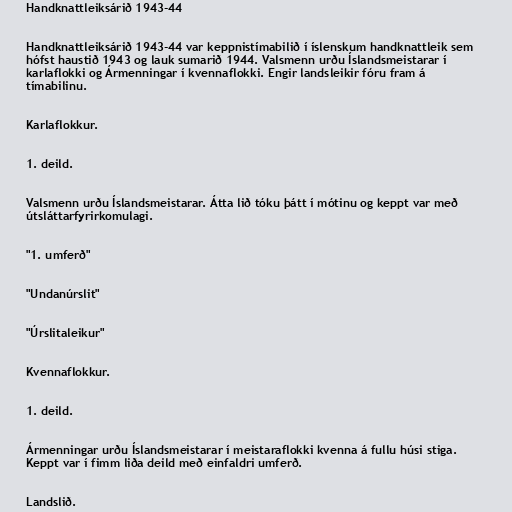
Handknattleiksárið 1943-44

Handknattleiksárið 1943-44 var keppnistímabilið í íslenskum handknattleik sem
hófst haustið 1943 og lauk sumarið 1944. Valsmenn urðu Íslandsmeistarar í
karlaflokki og Ármenningar í kvennaflokki. Engir landsleikir fóru fram á
tímabilinu.

Karlaflokkur.

1. deild.

Valsmenn urðu Íslandsmeistarar. Átta lið tóku þátt í mótinu og keppt var með
útsláttarfyrirkomulagi.

"1. umferð"

"Undanúrslit"

"Úrslitaleikur"

Kvennaflokkur.

1. deild.

Ármenningar urðu Íslandsmeistarar í meistaraflokki kvenna á fullu húsi stiga.
Keppt var í fimm liða deild með einfaldri umferð.

Landslið.